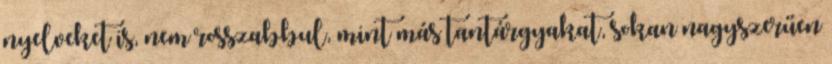
nyelveket is, nem rosszabbul, mint más tantárgyakat, sokan nagyszerűen